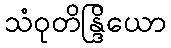
သံဝုတိန္ဒြိယော